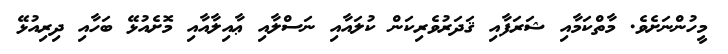
މީހުންނަށެވެ. މާތްކަމާއި ޝަރަފާއި ޤަދަރުވެރިކަން ކުލައާއި ނަސްލާއި ޢާއިލާއާއި މޮށެއުޅޭ ބަހާއި ދިރިއުޅޭ